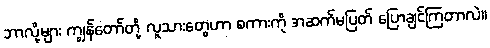
ဘာလို့များ ကျွန်တော်တို့ လူသားတွေဟာ စကားကို အဆက်မပြတ် ပြောချင်ကြတာလဲ။